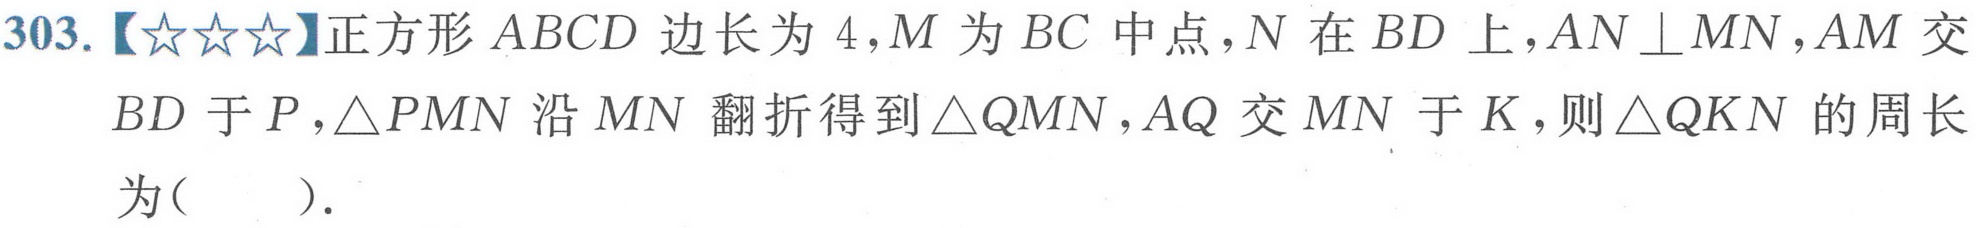
303.【★★★】正方形 \(ABCD\) 边长为 \(4\)，\(M\) 为 \(BC\) 中点，\(N\) 在 \(BD\) 上，\(AN\perp MN\)，\(AM\) 交 \(BD\) 于 \(P\)，\(\triangle PMN\) 沿 \(MN\) 翻折得到 \(\triangle QMN\)，\(AQ\) 交 \(MN\) 于 \(K\)，则 \(\triangle QKN\) 的周长为(  ).